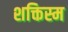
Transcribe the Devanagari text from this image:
शक्तिस्म